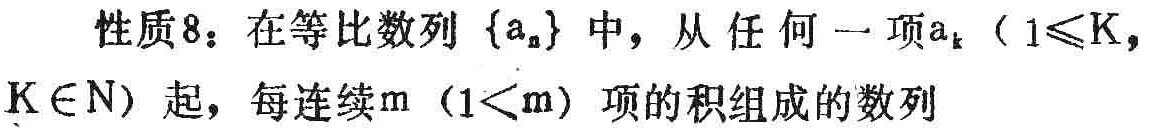
性质8：在等比数列\(\{a_{n}\}\)中，从任何一项\(a_{k}\)（\(1\leqslant k\)，\(k\in N\)）起，每连续\(m\)（\(1 < m\)）项的积组成的数列